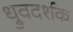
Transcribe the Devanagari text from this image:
ध्रुवदर्शक